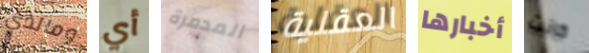
ومالذي أي المدمرة العقلية أخبارها كانت